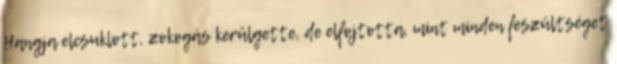
Hangja elcsuklott, zokogás kerülgette, de elfojtotta, mint minden feszültséget